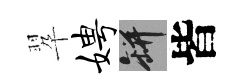
翆娉瓶皆